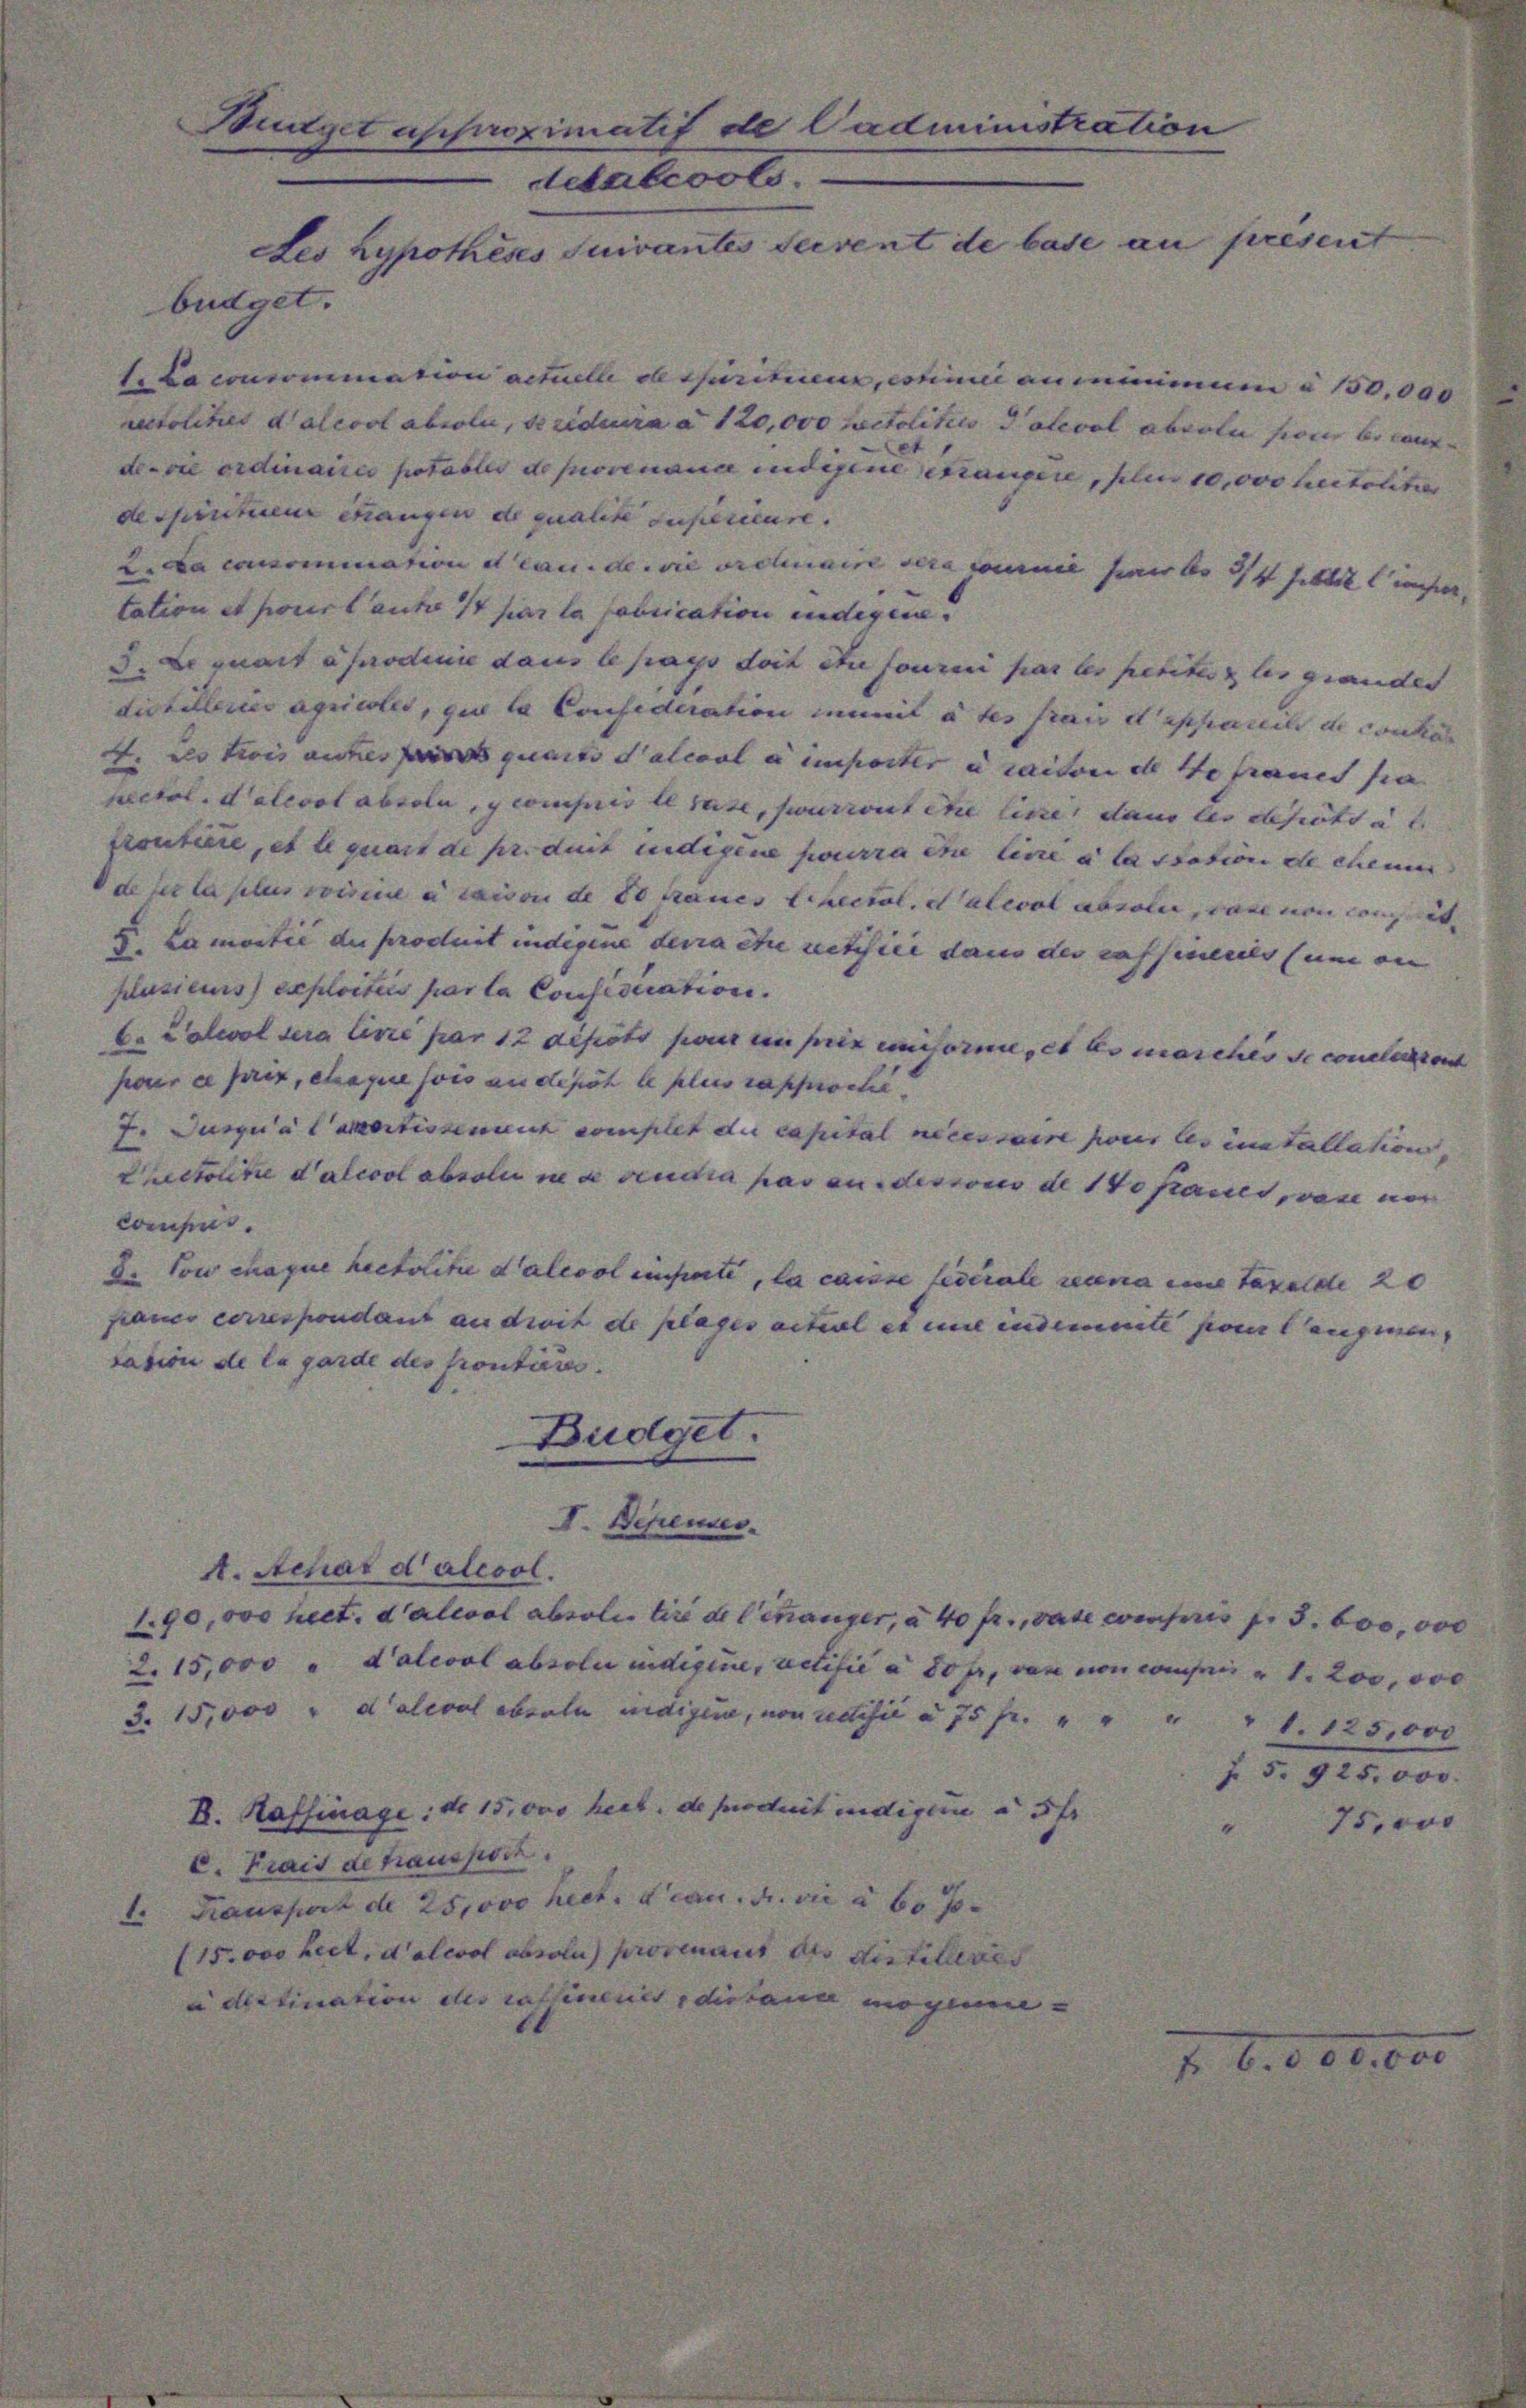
tation et pour laut 11 par la fabrication indegen.
5. Le quart à prodinie dans le pays doch etc fourni par les petites le
dickellerie agricole, que la Confederation mit à tes frau d’apparen
4. als trois auches par quarto dalcool e importer u raison de 10 fr
pectol. dalevol absolu, compris le rate, surrirt ehe line, dans les et
froutiere, et le quart de pr. duit indigene pourra in lice à la station
de der la plus voisinne a caison de so naues Rectol. dateool absole, das
2. La moitié du produit indigene devra être retisici dann der cassineries
plusieurs exploitiis parta Consistation.
6. Lalwol sera livre par 12 depots pour in prix enforme, es es marches
jour ce pris, chapie soo zu depoh le plus rappell
7. Jurgica Caertissenrich complet die capital necessaire pour les ei
Pheetolice d’alccol absolu in de seudra pas an dessors de 140 franeo
Comp.
8. Ton chaque heetolihe dalcool einsente, la caisse federale nun eine Tag
panco correspondant an droit de plages actial et eine indemnite se
casion de la garde de

A. Schat d’aleool.
90,000 hect. daliol ab
2. 15,000 " Kaleval aber
15,000 " deleval abert

v. Haffinage: No 15,000
2. Frais de transport
Kansport de 25,000 he
hect, d

Büdget

120,000 factoliti
et
ia indigene ein |

haritiene, en

met sie |
Gräte u